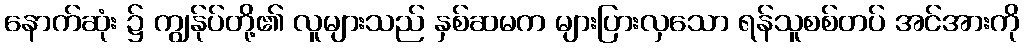
နောက်ဆုံး ၌ ကျွန်ုပ်တို့၏ လူများသည် နှစ်ဆမက များပြားလှသော ရန်သူစစ်တပ် အင်အားကို